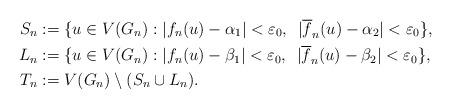
LaTeX: \begin{align*}S_n & := \{u\in V(G_n): |f_n(u) - \alpha_1| < \varepsilon_0,~\, |\overline{f}_n(u) - \alpha_2| < \varepsilon_0\}, \\L_n & := \{u\in V(G_n): |f_n(u) - \beta_1| < \varepsilon_0,~\, |\overline{f}_n(u) - \beta_2| < \varepsilon_0\}, \\T_n & := V(G_n)\setminus (S_n \cup L_n).\end{align*}